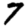
Digit: 7